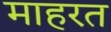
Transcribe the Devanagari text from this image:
माहरत